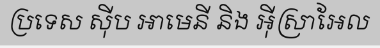
ប្រទេស ស៊ីប អាមេនី និង អ៊ីស្រាអែល